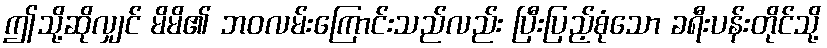
ဤသို့ဆိုလျှင် မိမိ၏ ဘဝလမ်းကြောင်းသည်လည်း ပြီးပြည့်စုံသော ခရီးပန်းတိုင်သို့